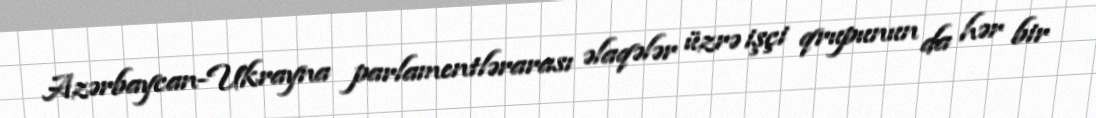
Azərbaycan-Ukrayna parlamentlərarası əlaqələr üzrə işçi qrupunun da hər bir